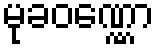
မုခဝဏ္ဏော